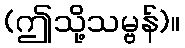
(ဤသို့သမ္ဗန်)။